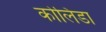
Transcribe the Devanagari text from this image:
कोलिडा